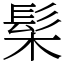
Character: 髤